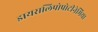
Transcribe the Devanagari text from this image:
डायसलिपोप्रोटीनेमिया